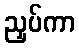
ညှပ်ကာ